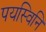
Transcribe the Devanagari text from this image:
पयस्विनि